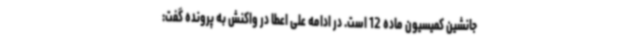
جانشین کمیسیون ماده 12 است. در ادامه علی اعطا در واکنش به پرونده گفت: